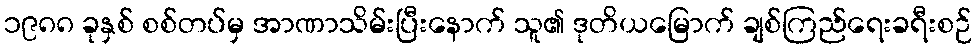
၁၉၈၈ ခုနှစ် စစ်တပ်မှ အာဏာသိမ်းပြီးနောက် သူ၏ ဒုတိယမြောက် ချစ်ကြည်ရေးခရီးစဉ်